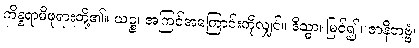
ကိန္နရာမိဖုရားတို့၏။ ယဉ္စ၊ အကြင်အကြောင်းကိုလျှင်။ ဒိသွာ၊ မြင်၍။ ဇာနိတဗ္ဗံ၊